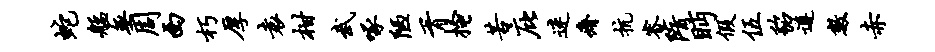
蛇艋无周西朽厚袁柑武啄陋胥搔苦庇迷瘠抗睿隋眄假伍貂遵数赤